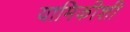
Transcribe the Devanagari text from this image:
यामिकीशी